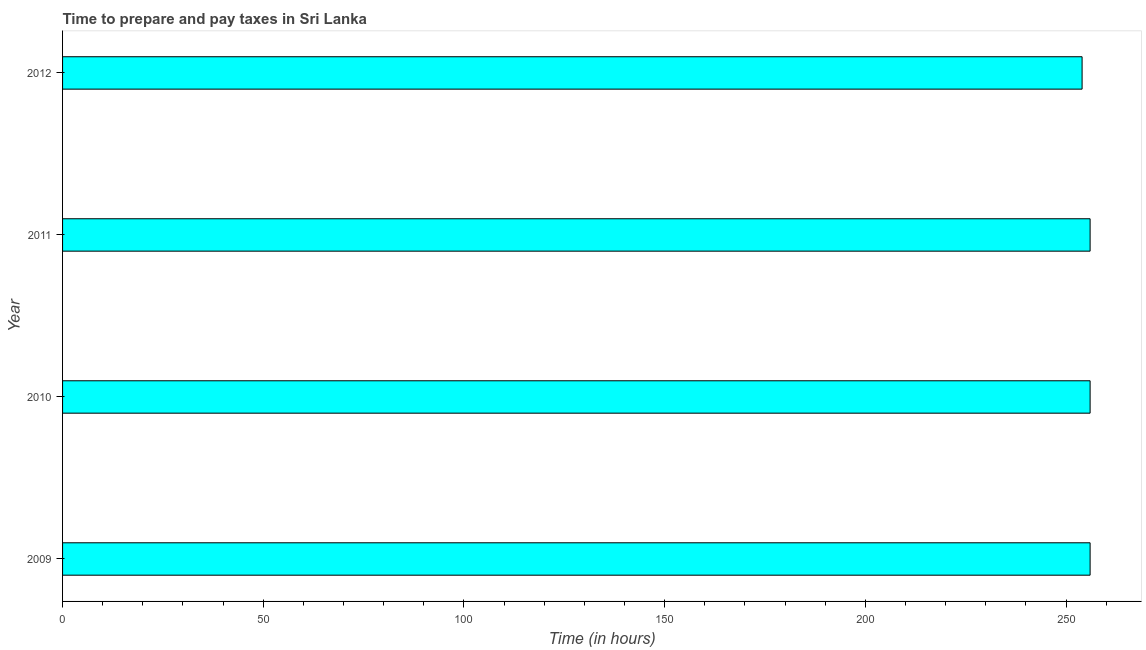
| Year | Time to prepare and pay taxes |
 | --- | --- |
 | 2009 | 256 |
 | 2010 | 256 |
 | 2011 | 256 |
 | 2012 | 254 |